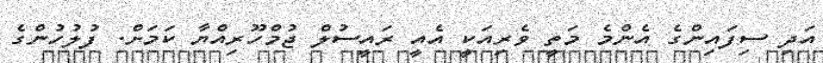
އަދި ސިފައިންގެ އެންމެ މަތީ ވެރިއަކީ އެއީ ރައީސުލް ޖުމްހޫރިއްޔާ ކަމަށް. ފުލުހުންގެ